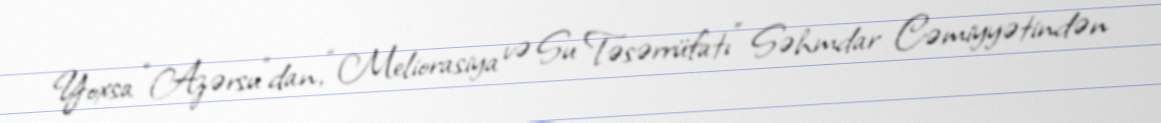
Yoxsa “Azərsu”dan, “Meliorasiya və Su Təsərrüfatı” Səhmdar Cəmiyyətindən